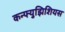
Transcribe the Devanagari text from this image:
कन्फ्युझिशियस